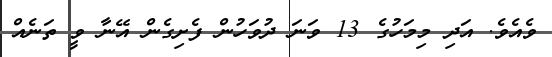
ވެއެވެ. އަދި މިމަހުގެ 13 ވަނަ ދުވަހުން ފެށިގެން އޭނާ ވީ ތަނެއް